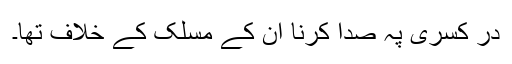
در کسریٰ پہ صدا کرنا ان کے مسلک کے خلاف تھا۔